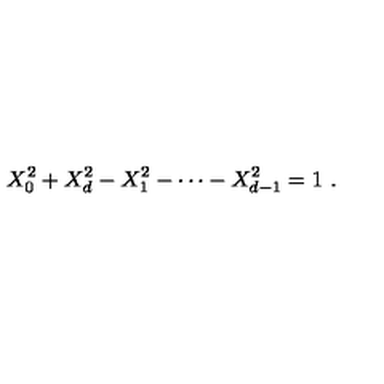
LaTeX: X _ { 0 } ^ { 2 } + X _ { d } ^ { 2 } - X _ { 1 } ^ { 2 } - \cdots - X _ { d - 1 } ^ { 2 } = 1 \ .